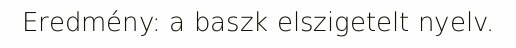
Eredmény: a baszk elszigetelt nyelv.